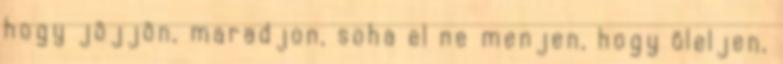
hogy jöjjön, maradjon, soha el ne menjen, hogy öleljen,